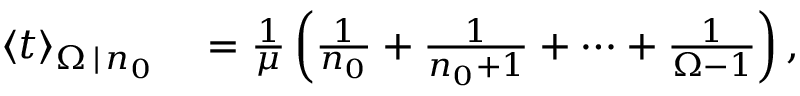
\begin{array} { r l } { \langle t \rangle _ { \Omega \, | \, n _ { 0 } } } & { { } = \frac { 1 } { \mu } \left( \frac { 1 } { n _ { 0 } } + \frac { 1 } { n _ { 0 } + 1 } + \cdots + \frac { 1 } { \Omega - 1 } \right) , } \end{array}